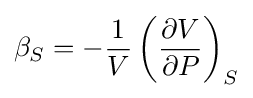
\beta _{S}=-{\frac {1}{V}}\left({\frac {\partial V}{\partial P}}\right)_{S}